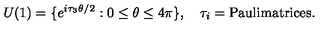
U ( 1 ) = \{ e ^ { i { \tau } _ { 3 } \theta / 2 } : 0 \leq \theta \leq 4 \pi \} , \quad { \tau } _ { i } = \mathrm { P a u l i m a t r i c e s } .